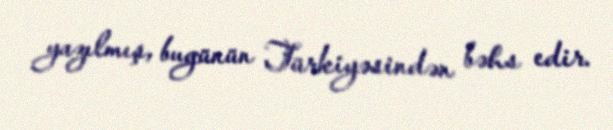
yazılmış, bugünün Türkiyəsindən bəhs edir.